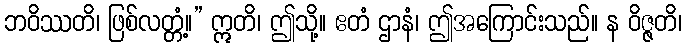
ဘဝိဿတိ၊ ဖြစ်လတ္တံ့။” ဣတိ၊ ဤသို့။ ဧတံ ဌာနံ၊ ဤအကြောင်းသည်။ န ဝိဇ္ဇတိ၊